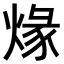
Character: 𤊺